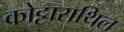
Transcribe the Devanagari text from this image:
कोट्टाराथिल